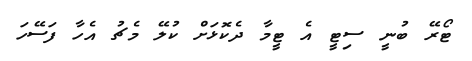
ޓޯރޭ ބުނީ ސިޓީ އެ ޓީމާ ދެކޮޅަށް ކުލޭ މެޗު އެހާ ފަސޭހަ